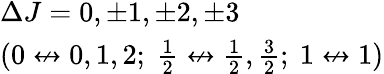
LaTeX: \begin{array}{l}{\Delta J=0,\pm 1,\pm 2,\pm 3}\\ {(0\not\leftrightarrow 0,1,2;\ {\begin{array}{l}{{\frac{1}{2}}}\end{array}}\not\leftrightarrow{\begin{array}{l}{{\frac{1}{2}}}\end{array}},{\begin{array}{l}{{\frac{3}{2}}}\end{array}};\ 1\not\leftrightarrow 1)}\end{array}